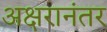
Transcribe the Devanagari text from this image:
अक्षरानंतर